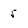
Character: 5